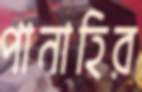
পানাহির